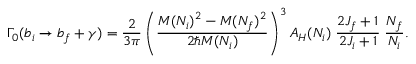
\Gamma _ { 0 } ( b _ { i } \to b _ { f } + \gamma ) = { \frac { 2 } { 3 \pi } } \left( { \frac { M ( N _ { i } ) ^ { 2 } - M ( N _ { f } ) ^ { 2 } } { 2 \hbar M ( N _ { i } ) } } \right) ^ { 3 } A _ { H } ( N _ { i } ) \; { \frac { 2 J _ { f } + 1 } { 2 J _ { i } + 1 } } \; { \frac { N _ { f } } { N _ { i } } } .